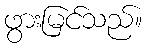
ဖွားမြင်သည်။